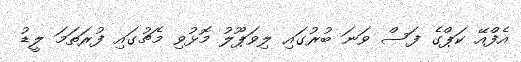
އެފްއޭ ކަޕްގެ ފަސް ވަނަ ބުރުގައި ލިވަޕޫލު މޮޅުވި މެޗުގައި ފުރަތަމަ ލީޑު